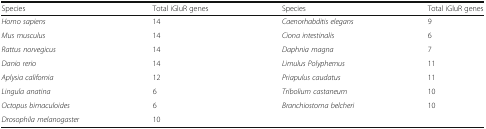
<table><thead><tr><td><b>Species</b></td><td><b>Total iGluR genes</b></td><td><b>Species</b></td><td><b>Total iGluR genes</b></td></tr></thead><tbody><tr><td><i>Homo sapiens</i></td><td>14</td><td><i>Caenorhabditis elegans</i></td><td>9</td></tr><tr><td><i>Mus musculus</i></td><td>14</td><td><i>Ciona intestinalis</i></td><td>6</td></tr><tr><td><i>Rattus norvegicus</i></td><td>14</td><td><i>Daphnia magna</i></td><td>7</td></tr><tr><td><i>Danio rerio</i></td><td>14</td><td><i>Limulus Polyphemus</i></td><td>11</td></tr><tr><td><i>Aplysia california</i></td><td>12</td><td><i>Priapulus caudatus</i></td><td>11</td></tr><tr><td><i>Lingula anatina</i></td><td>6</td><td><i>Tribolium castaneum</i></td><td>10</td></tr><tr><td><i>Octopus bimaculoides</i></td><td>6</td><td><i>Branchiostoma belcheri</i></td><td>10</td></tr><tr><td><i>Drosophila melanogaster</i></td><td>10</td><td></td><td></td></tr></tbody></table>